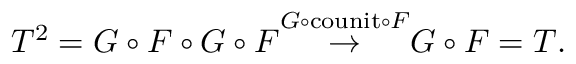
T ^ { 2 } = G \circ F \circ G \circ F { \stackrel { G \circ { \mathrm { c o u n i t } } \circ F } { \to } } G \circ F = T .